Tartu_pedagoogiumi_aruanded, lk 4
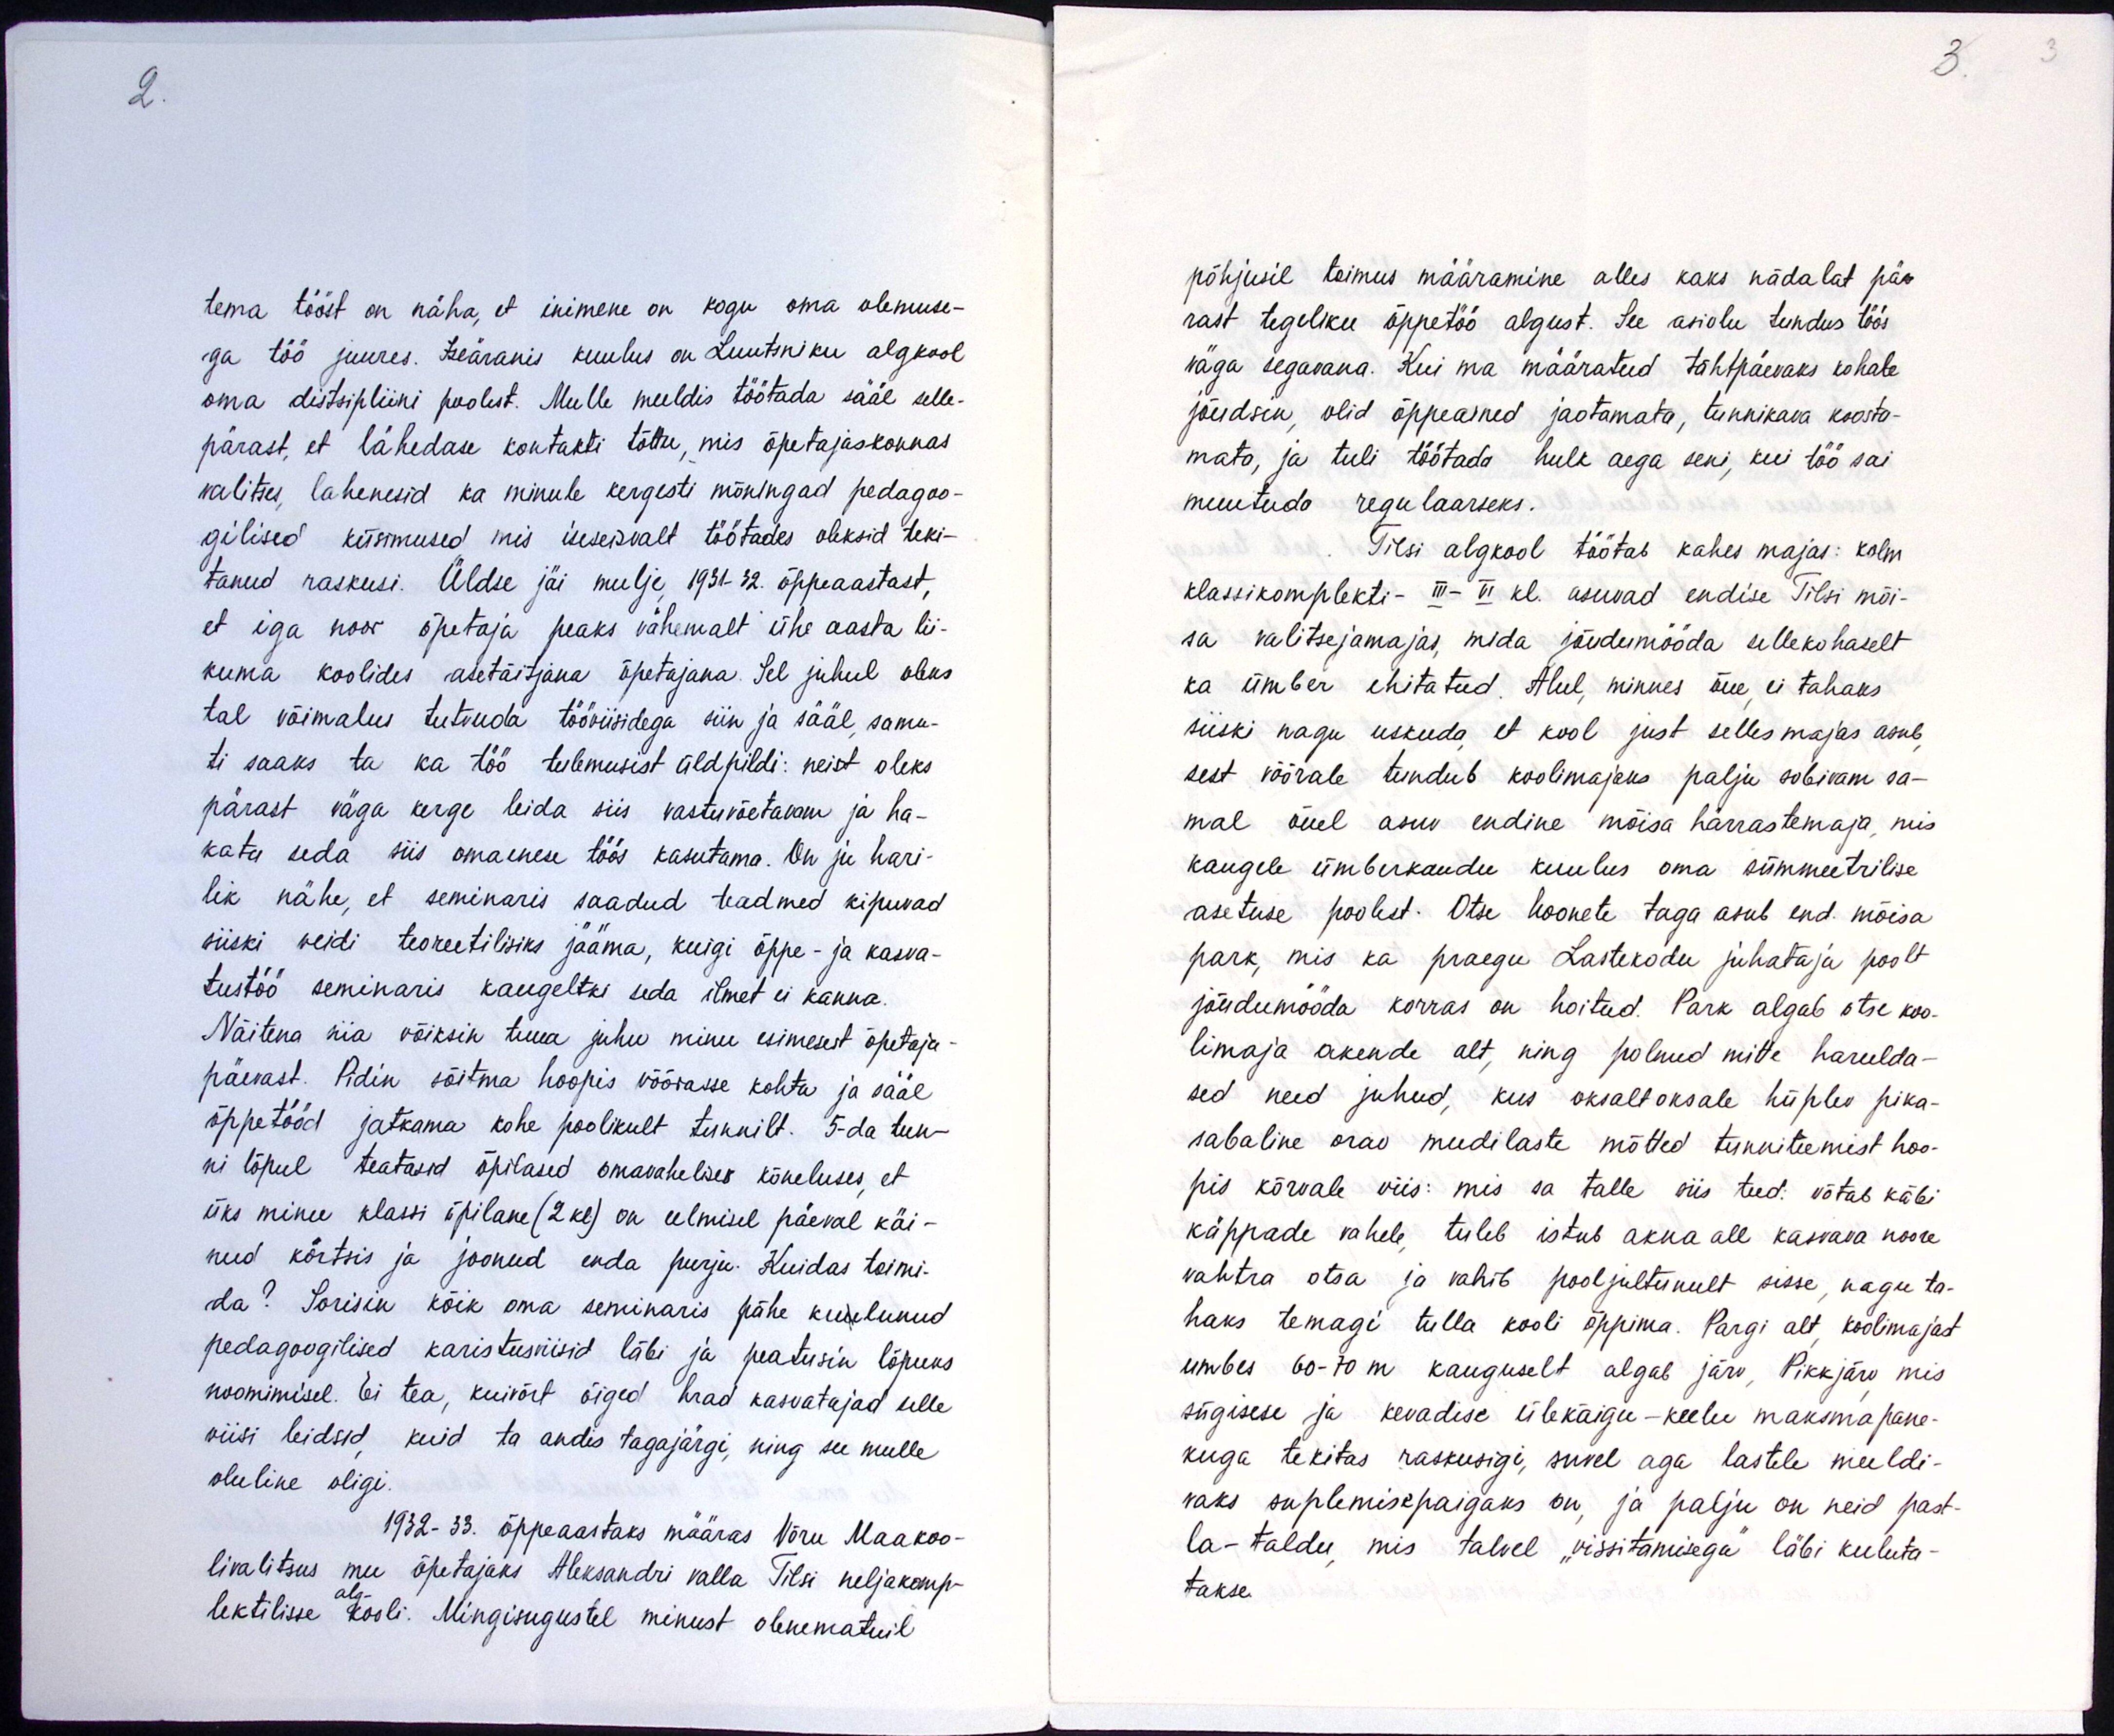
tema tööst on näha, et inimene on kogu oma olemuse-
ga töö juures. Iseäranis kuulus on Luutsniku algkool
oma distsipliini poolest. Mulle meeldis töötada sääl selle-
pärast, et lähedase kontakti tõttu, mis õpetajaskonnas
valitses, lahenesid ka minule kergesti mõningad pedagoo-
gilised küsimused mis iseseisvalt töötades oleksid teki-
tanud raskusi. Üldse jäi mulje, 1931-32. õppeaastast,
et iga noor õpetaja peaks vähemalt ühe aasta lii-
kuma koolides asetäitjana õpetajana. Sel juhul oleks
tal võimalus tutvuda tööviisidega siin ja sääl samu-
ti saaks ta ka töö tulemusist üldpildi: neist oleks
pärast väga kerge leida siis vastuvõetavam ja ha-
kata seda siis omaenese töös kasutama. On ju hari-
lik nähe, et seminaris saadud teadmed kipuvad
siiski veidi teoreetilisiks jääma, kuigi õppe- ja kasva-
tustöö seminaris kaugeltki seda ilmet ei kanna.
Näitena siia võiksin tuua juhu minu esimesest õpetaja-
päevast. Pidin sõitma hoopis võõrasse kohta ja sääl
õppetööd jatkama kohe poolikult tunnilt. 5-da tun-
ni lõpul teatasid õpilased omavahelises kõneluses, et
üks minu klassi õpilane (2 kl) on eelmisel päeval käi-
nud kõrtsis ja joonud enda purju. Kuidas toimi-
da? Sorisin kõik oma seminaris pähe kuulunud
pedagoogilised karistusviisid läbi ja peatusin lõpuks
noomimisel. Ei tea, kuivõrt õiged head kasvatajad selle
viisi leidsid kuid ta andis tagajärgi, ning see mulle
oluline oligi.
1932-33. õppeaastaks määras Võru Maakoo-
livalitsus mu õpetajaks Aleksandri valla Tilsi neljakomp-
lektilisse alg- kooli. Mingisugustel minust olenematuil

põhjusil toimus määramine alles kaks nädalat pä-
rast tegeliku õppetöö algust. See asiolu tundus töös
väga segavana. Kui ma määratud tähtpäevaks kohale
jõudsin, olid õppeained jaotamata, tunnikava koosta-
mata, ja tuli töötada hulk aega seni, kui töö sai
muutuda regulaarseks.
Tilsi algkool töötab kahes majas: kolm
klassikomplekti- III- VI kl. asuvad endise Tilsi mõi-
sa valitsejamajas, mida jõudumööda sellekohaselt
ka ümber ehitatud. Alul, minnes õue ei tahaks
siiski nagu uskuda, et kool just selles majas asub
sest võõrale tundub koolimajaks palju sobivam sa-
mal õuel asuv endine mõisa härrastemaja, mis
kaugele ümberkaudu kuulus oma sümmeetrilise
asetuse poolest. Otse hoonete taga asub end. mõisa
park, mis ka praegu Lastekodu juhataja poolt
jõudumööda korras on hoitud. Park algab otse koo-
limaja akende alt, ning polnud mitte harulda-
sed need juhud, kus oksaltoksale hüplev pika-
sabaline orav mudilaste mõtted tunniteemist hoo-
pis kõrvale viis: mis sa talle siis teed: võtab käbi
käppade vahele tuleb istub akna all kasvava noore
vahtra otsa ja vahib pooljultunult sisse, nagu ta-
haks temagi tulla kooli õppima. Pargi alt koolimajast
umbes 60-70 m kauguselt algab järv, Pikkjärv mis
sügisese ja kevadise ülekäigu-keelu maksma pane-
kuga tekitas raskusigi, suvel aga lastele meeldi-
vaks suplemisepaigaks on, ja palju on neid past-
la-taldu, mis talvel "vissitamisega" läbi kuluta-
takse